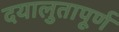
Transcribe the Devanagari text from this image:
दयालुतापूर्ण